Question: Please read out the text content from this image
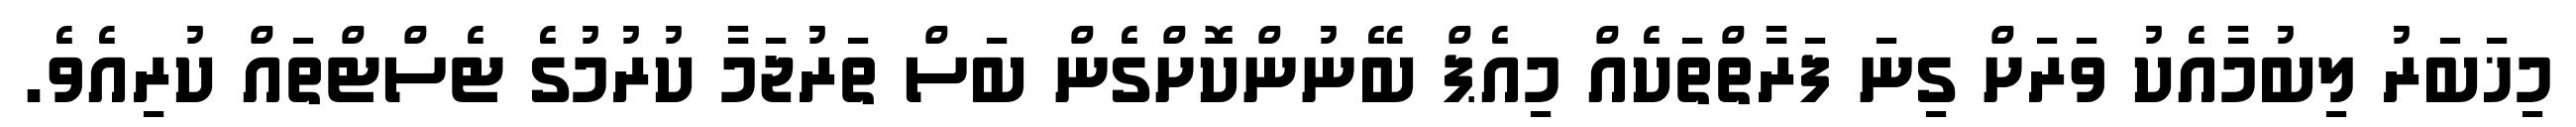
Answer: މިޚަބަރު ލިބުމާއެކު ވަރަށް ގިނަ ފަރާތްތަކެއް މިއެޕް ބޭނުންކޮށްގެން ބަސް ތަރުޖަމާ ކުރުމުގެ ޓެސްޓްތައް ކުރިއެވެ.